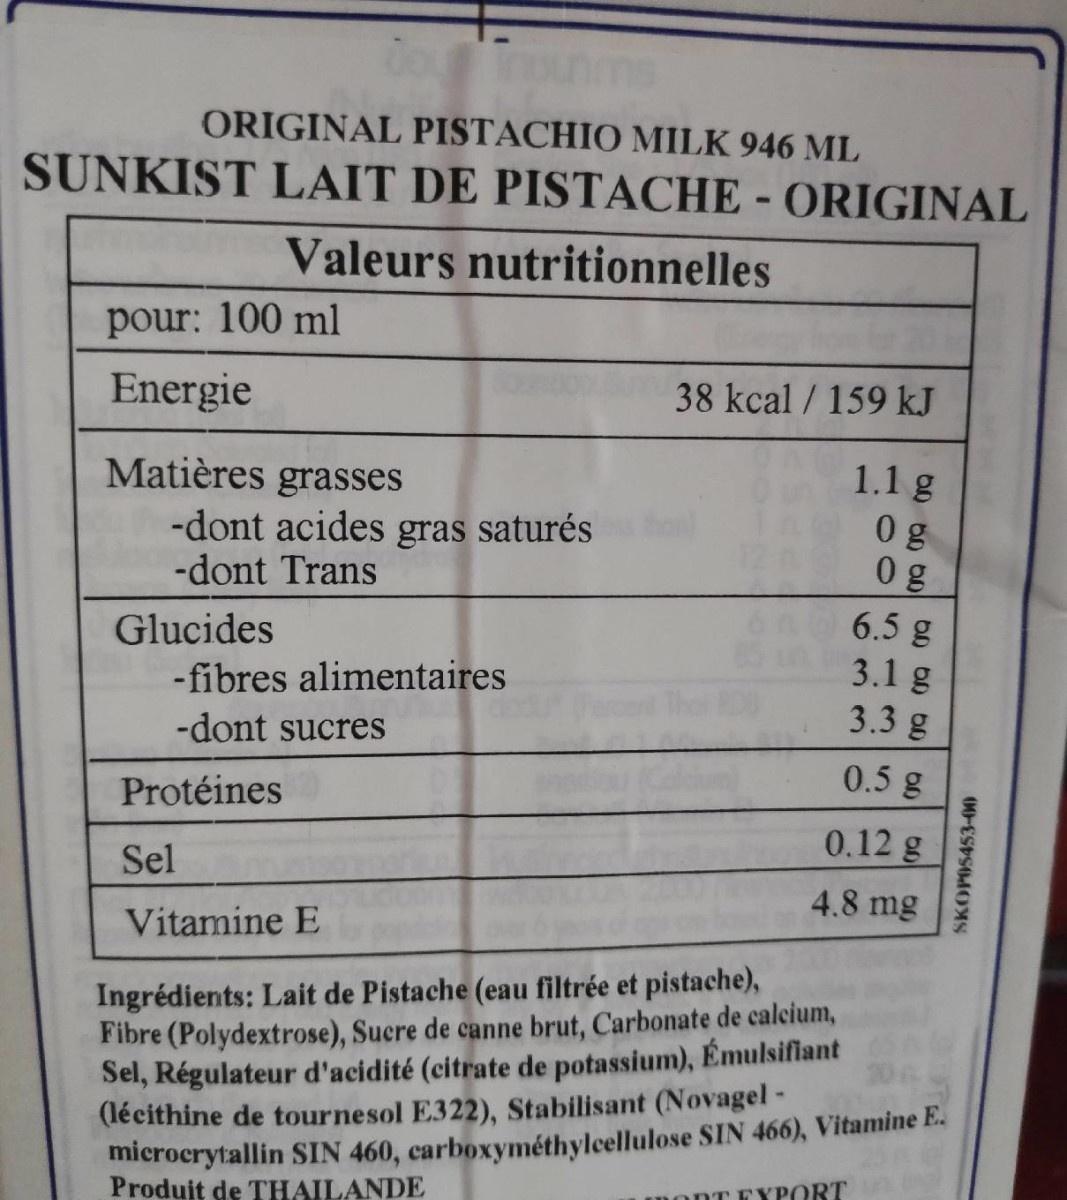
ORIGINAL PISTACHIO MILK 946 ML
SUNKIST LAIT DE PISTACHE - ORIGINAL
Valeurs nutritionnelles
pour: 100 ml
Energie
38 kcal / 159 kJ
Matières grasses -dont acides gras saturés -dont Trans
1.1 g 0 g 0 g
6.5 g
Glucides -fibres alimentaires
3.1 g 3.3 g
-dont sucres
0.5 g
Protéines
0.12 g
Sel
4.8 mg
Vitamine E
Ingrédients: Lait de Pistache (eau filtrée et pistache), Fibre (Polydextrose), Sucre de canne brut, Carbonate de calcium, Sel, Régulateur d'acidité (citrate de potassium), Émulsifiant (lécithine de tournesol E322), Stabilisant (Novagel - microcrytallin SIN 460, carboxyméthylcellulose SIN 466), Vitamine E.
Produit de THAILANDE
monT FYPORT
SKOPOS453-00